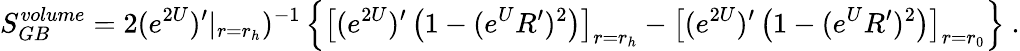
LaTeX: S_{GB}^{volume}=2(e^{2U})^{\prime}|_{r=r_{h}})^{-1}\left\{ \left[(e^{2U})^{\prime}\left(1-(e^{U}R^{\prime})^{2}\right)\right]_{r=r_{h}}-\left[(e^{2U})^{\prime}\left(1-(e^{U}R^{\prime})^{2}\right)\right]_{r=r_{0}}\right\} \ .